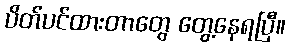
ပိတ်ပင်ထားတာတွေ တွေ့နေရပြီ။